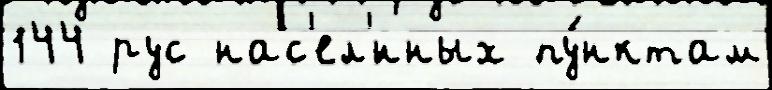
144 рус нас'ел'́нных пу́нктам